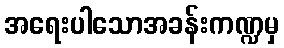
အရေးပါသောအခန်းကဏ္ဍမှ